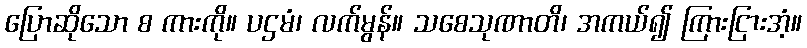
ပြောဆိုသော စ ကားကို။ ပဌမံ၊ လက်မွန်။ သစေသုဏာတိ၊ အကယ်၍ ကြားငြားအံ့။